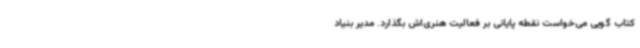
کتاب گویی می‌خواست نقطه پایانی بر فعالیت هنری‌اش بگذارد. مدیر بنیاد